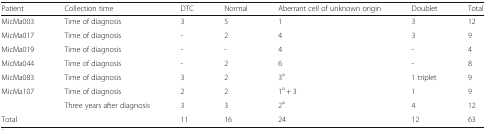
<table><thead><tr><td><b>Patient</b></td><td><b>Collection time</b></td><td><b>DTC</b></td><td><b>Normal</b></td><td><b>Aberrant cell of unknown origin</b></td><td><b>Doublet</b></td><td><b>Total</b></td></tr></thead><tbody><tr><td>MicMa003</td><td>Time of diagnosis</td><td>3</td><td>5</td><td>1</td><td>3</td><td>12</td></tr><tr><td>MicMa017</td><td>Time of diagnosis</td><td>-</td><td>2</td><td>4</td><td>3</td><td>9</td></tr><tr><td>MicMa019</td><td>Time of diagnosis</td><td>-</td><td>-</td><td>4</td><td>-</td><td>4</td></tr><tr><td>MicMa044</td><td>Time of diagnosis</td><td>-</td><td>2</td><td>6</td><td>-</td><td>8</td></tr><tr><td>MicMa083</td><td>Time of diagnosis</td><td>3</td><td>2</td><td>3<sup>a</sup></td><td>1 triplet</td><td>9</td></tr><tr><td rowspan="2">MicMa107</td><td>Time of diagnosis</td><td>2</td><td>2</td><td>1<sup>a</sup> + 3</td><td>1</td><td>9</td></tr><tr><td>Three years after diagnosis</td><td>3</td><td>3</td><td>2<sup>a</sup></td><td>4</td><td>12</td></tr><tr><td>Total</td><td>[EMPTY_CELL]</td><td>11</td><td>16</td><td>24</td><td>12</td><td>63</td></tr></tbody></table>